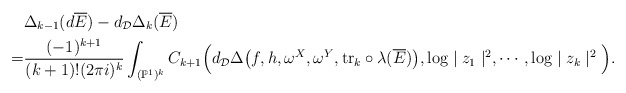
\begin{align*}&\Delta_{k-1}(d\overline{E})-d_\mathcal{D}\Delta_k(\overline{E})\\=&\frac{(-1)^{k+1}}{(k+1)!(2\pi i)^k}\int_{(\mathbb{P}^1)^k}C_{k+1}\Big(d_\mathcal{D}\Delta\big(f,h,\omega^X,\omega^Y,{\rm tr}_k\circ\lambda(\overline{E})\big),\log\mid z_1\mid^2,\cdots,\log\mid z_{k}\mid^2\Big).\end{align*}